Lunatic asylums Punjab 1895-1910 - 1895-1910
Year: 1895
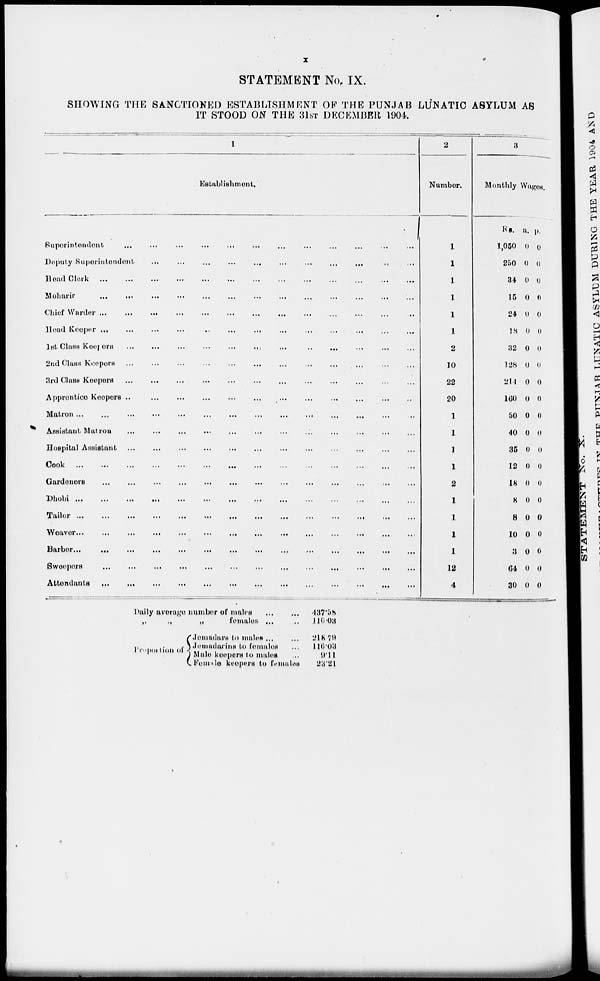
x
STATEMENT No. IX.
SHOWING THE SANCTIONED ESTABLISHMENT OF THE PUNJAB LUNATIC ASYLUM AS
IT STOOD ON THE 31ST DECEMBER 1904.
1
Establishment.
Ruporintendont
...
...
...
...
...
...
...
...
...
...
...
...
...
Deputy Superintendent
...
...
...
...
...
...
...
...
...
...
...
...
...
Head
Clerk
...
...
...
...
...
...
...
...
...
...
...
...
...
Moharir
...
...
...
...
...
...
...
...
...
...
...
...
...
Chief Warder
...
...
...
...
...
...
...
...
...
...
...
...
...
Head Keeper
...
...
...
...
...
...
...
...
...
...
...
...
...
1st Class
Keepers
...
...
...
...
...
...
...
...
...
...
...
...
...
2nd Class Keepers
...
...
...
...
...
...
...
...
...
...
...
...
...
3rd Class Keepers
...
...
...
...
...
...
...
...
...
...
...
...
...
Approntice Keepers
...
...
...
...
...
...
...
...
...
...
...
...
...
Matron
...
...
...
...
...
...
...
...
...
...
...
...
...
Assistant Matron
...
...
...
...
...
...
...
...
...
...
...
...
...
Hospital Assistant
...
...
...
...
...
...
...
...
...
...
...
...
...
Cook
...
...
...
...
...
...
...
...
...
...
...
...
Gardeners
...
...
...
...
...
...
...
...
...
...
...
...
...
Dhobi
...
...
...
...
...
...
...
...
...
...
...
...
Tailor
...
...
...
...
...
...
...
...
...
...
...
...
...
weaver
...
...
...
...
...
...
...
...
...
...
...
...
...
Barber ... ... ... ... ... ... ... ... ... ... ... ... ...
Sweepers
...
...
...
...
...
...
...
...
...
...
...
...
...
...
Attendants
...
...
...
...
...
...
...
...
...
...
...
...
...
2
Number.
1
1
1
1
1
1
2
10
22
20
1
1
1
1
2
1
1
1
1
12
4
3
Monthly Wages.
Rs.
1,050
250
34
15
24
18
32
128
214
160
50
40
35
12
18
8
8
10
3
64
30
a.
0
0
0
0
0
0
0
0
0
0
0
0
0
0
0
0
0
0
0
0
0
p.
0
0
0
0
0
0
0
0
0
0
0
0
0
0
0
0
0
0
0
0
0
Daily average number of males
...
...
„
„
„
females ...
Proportion of
Jemadare to males
...
..
Jemadarins to females ...
Male keepers to males ...
Female keepers to females
487.58
116.08
218 .7
116.03
9.11
23.21